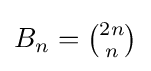
\textstyle B_{n}={2n \choose n}